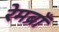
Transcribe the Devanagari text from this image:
रेमब्राँ